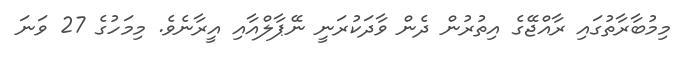
މިމުބާރާތުގައި ރާއްޖޭގެ އިތުރުން ދެން ވާދަކުރަނީ ނޭޕާލްއާއި އީރާނެވެ. މިމަހުގެ 27 ވަނަ